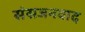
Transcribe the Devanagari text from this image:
संसजनवाद